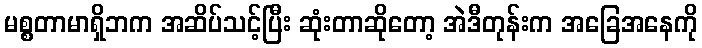
မစ္စတာမာရှိဘက အဆိပ်သင့်ပြီး ဆုံးတာဆိုတော့ အဲဒီတုန်းက အခြေအနေကို